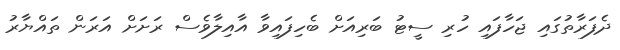
ދެފަރާތުގައި ޖަހާފައި ހުރި ސީޓު ބަރިއަށް ބެހިފައިވާ އާއިލާވެސް ރަށަށް އަރަން ތައްޔާރު